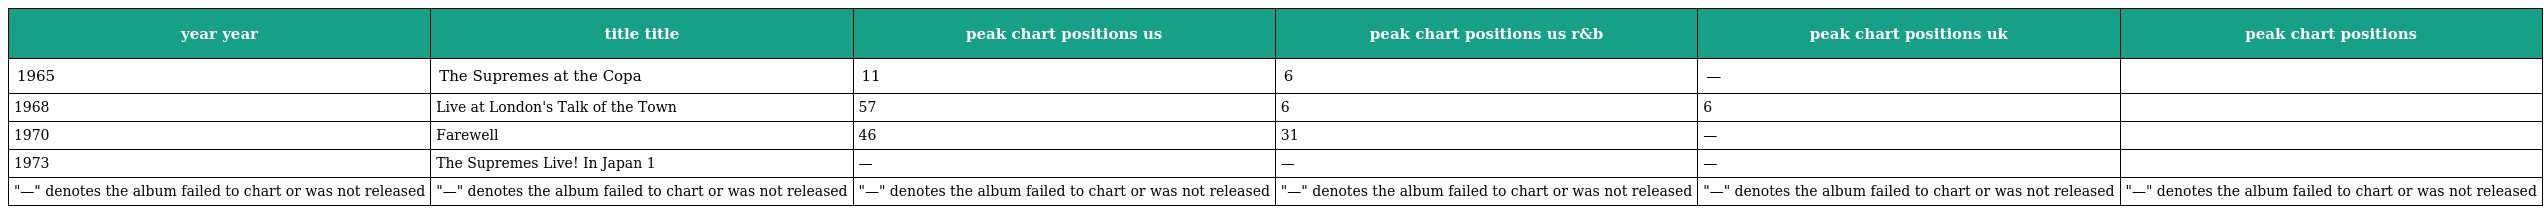
| year year | title title | peak chart positions us | peak chart positions us r&b | peak chart positions uk | peak chart positions |
 | --- | --- | --- | --- | --- | --- |
 | 1965 | The Supremes at the Copa | 11 | 6 | — |  |
 | 1968 | Live at London's Talk of the Town | 57 | 6 | 6 |  |
 | 1970 | Farewell | 46 | 31 | — |  |
 | 1973 | The Supremes Live! In Japan 1 | — | — | — |  |
 | "—" denotes the album failed to chart or was not released | "—" denotes the album failed to chart or was not released | "—" denotes the album failed to chart or was not released | "—" denotes the album failed to chart or was not released | "—" denotes the album failed to chart or was not released | "—" denotes the album failed to chart or was not released |